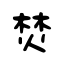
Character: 焚